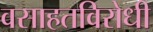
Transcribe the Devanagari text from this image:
वसाहतविरोधी